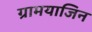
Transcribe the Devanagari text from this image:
ग्रामयाजिन